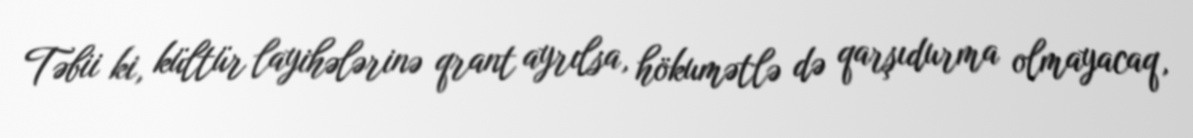
Təbii ki, kültür layihələrinə qrant ayrılsa, hökumətlə də qarşıdurma olmayacaq,